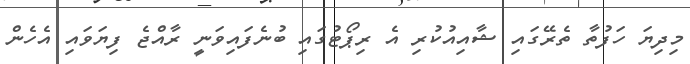
މިދިޔަ ހަފުތާ ތެރޭގައި ޝާއިއުކުރި އެ ރިޕޯޓުގައި ބުނެފައިވަނީ ރާއްޖެ ފިޔަވައި އެހެން